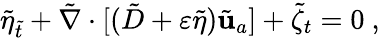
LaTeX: \tilde{\eta}_{\tilde{t}}+\tilde{\nabla}\cdot[(\tilde{D}+\varepsilon\tilde{\eta})\tilde{\mathbf{u}}_{a}]+\tilde{\zeta}_{t}=0\ ,